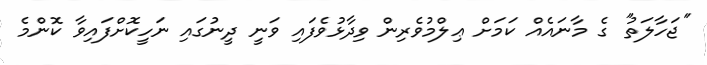
''ޖަހާލަތު'' ގެ މާނައެއް ކަމަށް ޢިލްމުވެރިން ވިދާޅުވެފައި ވަނީ ދީނުގައި ނަހީކޮށްފައިވާ ކޮންމެ